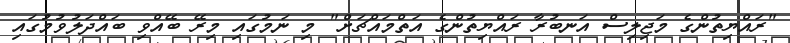
"ރައްޔިތުންގެ މަޖިލިސް އަނބުރާ ރައްޔިތުންގެ އަތްމައްޗަށް" މި ނަމުގައި މިރޭ ބޭއްވި ބައްދަލުވުމުގައި